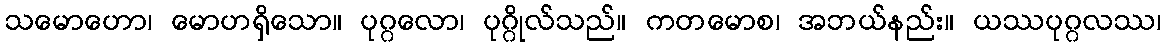
သမောဟော၊ မောဟရှိသော။ ပုဂ္ဂလော၊ ပုဂ္ဂိုလ်သည်။ ကတမောစ၊ အဘယ်နည်း။ ယဿပုဂ္ဂလဿ၊